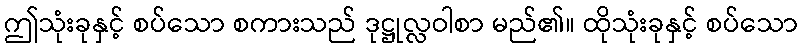
ဤသုံးခုနှင့် စပ်သော စကားသည် ဒုဋ္ဌုလ္လဝါစာ မည်၏။ ထိုသုံးခုနှင့် စပ်သော